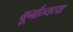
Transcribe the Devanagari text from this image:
बूर्गान्यच्या